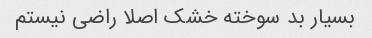
بسیار بد سوخته خشک اصلا راضی نیستم